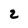
Character: 2